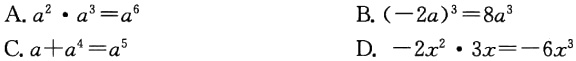
A. \(a^{2}\cdot a^{3}=a^{6}\)

B. \((-2a)^{3}=8a^{3}\)

C. \(a + a^{4}=a^{5}\)

D. \(-2x^{2}\cdot 3x=-6x^{3}\)